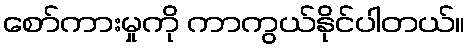
စော်ကားမှုကို ကာကွယ်နိုင်ပါတယ်။